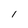
Character: l